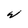
Character: w